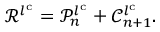
\mathscr { R } ^ { l ^ { \mathrm { { c } } } } = \mathscr { P } _ { n } ^ { l ^ { \mathrm { { c } } } } + \mathscr { C } _ { n + 1 } ^ { l ^ { \mathrm { { c } } } } .